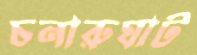
চনারুঘাট